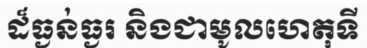
ដ៏ធ្ងន់ធ្ងរ និងជាមូលហេតុទី